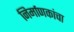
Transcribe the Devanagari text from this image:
निर्माणकांचा